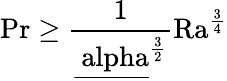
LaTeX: \mathrm{{Pr}\geq\frac{1}{\underline{{\ alpha}}^{\frac{3}{2}}}\mathrm{{Ra}}^{\frac{3}{4}}}